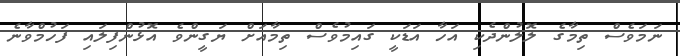
ނަމަވެސް ތިމާގެ ލޮލުންދެކި އަހާ އަޑަކީ ގައިމުވެސް ތިމާއަށް ޔަގީންވެ އޮޅުންފިލައި ފަހުމްވާނެ